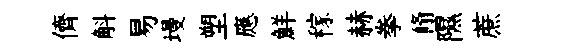
儕斛易墁塑應鮮稼赫拳翛隰蔗